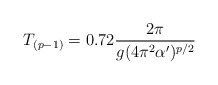
\begin{align*}T_{(p-1)}=0.72\frac{2\pi}{g(4\pi^2\alpha')^{p/2}}\end{align*}